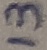
Text: 13